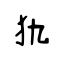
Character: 犰